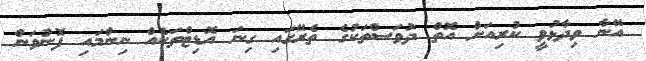
އޭނާ ވިދާޅުވީ ކުރިއަށް އޮތް ދުވަސްތަކުގެ ތެރޭގައި ގިނަ އޮޑިޓްތަކެއް ނިންމައި ފޮނުވަން